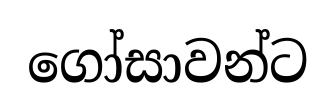
ගෝසාවන්ට